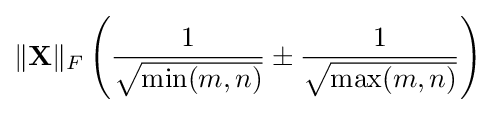
\|\mathbf {X} \|_{F}\left({\frac {1}{\sqrt {\min(m,n)}}}\pm {\frac {1}{\sqrt {\max(m,n)}}}\right)